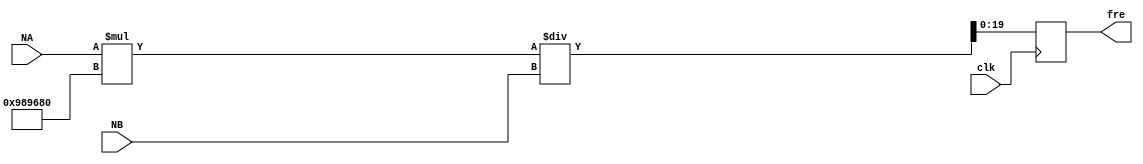
/******************************************************************************************
Author:  
E-mail 1390000666@qq.com
Device:  DSE-EP2C5
Tool:    Quartus 9.0
Function:
Version: 2022-4-7 v1.0
********************************************************************************************/
module cal(clk,NA,NB,fre);
input clk;
input [30:0] NA;
input [30:0] NB;
output reg [19:0] fre;

always @(negedge clk)
    begin
		/*if(NA<100) begin
			fre <= (NA-1)*1000000/NB;
		end 
		else if(NA<10000) begin
			fre <= (NA-1)*10000/NB;
		end
		else if(NA<1000000) begin
			fre <= (NA-1)*100/NB;
		end else
			fre <= (NA-1)/NB;
		*/
		//fre[19:0] <= (NA-1)*11000000/NB;
		fre[19:0] <= NA*10000000/NB;
	end

endmodule